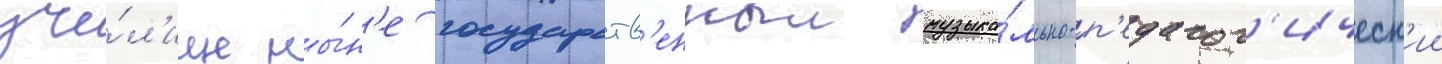
учи́л'ище ны́н'е государств'енныи музыка́льно-п'едагог'ическ'ии